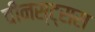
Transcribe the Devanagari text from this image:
वीनस्ट्रास